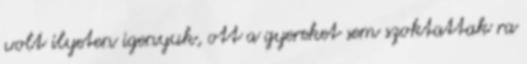
volt ilyeten igenyuk, ott a gyereket sem szoktattak ra